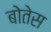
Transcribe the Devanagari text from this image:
बोतेस